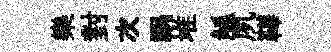
樂對次祸堆觚夙鞾